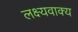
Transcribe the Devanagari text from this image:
लक्ष्यवाक्य